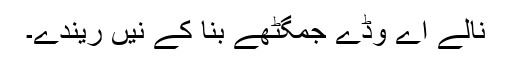
نالے اے وڈے جمگٹھے بنا کے نیں ریندے۔